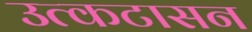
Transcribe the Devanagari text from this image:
उत्कटासन